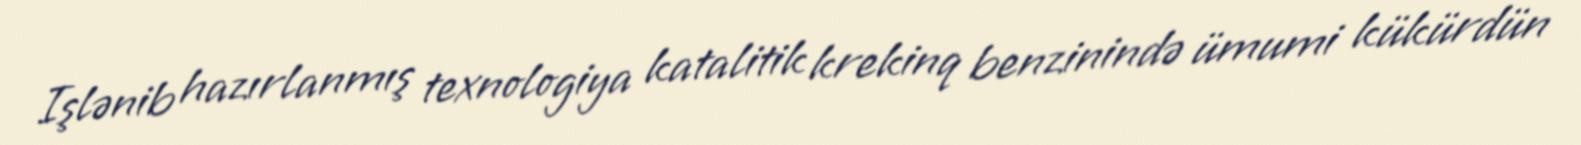
Işlənib hazırlanmış texnologiya katalitik krekinq benzinində ümumi kükürdün